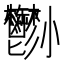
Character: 𡯀